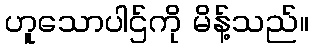
ဟူသောပါဌ်ကို မိန့်သည်။